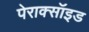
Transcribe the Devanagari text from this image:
पेराक्सॉइड